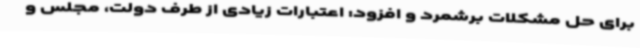
برای حل مشکلات برشمرد و افزود: اعتبارات زیادی از طرف دولت، مجلس و